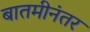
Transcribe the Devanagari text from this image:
बातमीनंतर